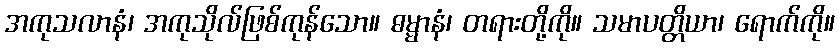
အကုသလာနံ၊ အကုသိုလ်ဖြစ်ကုန်သော။ ဓမ္မာနံ၊ တရားတို့ကို။ သမာပတ္တိယာ၊ ရောက်ကို။